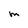
Character: M